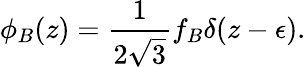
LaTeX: \phi_{B}(z)=\frac{1}{2\sqrt{3}}f_{B}\delta(z-\epsilon).